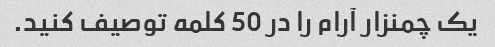
یک چمنزار آرام را در 50 کلمه توصیف کنید.